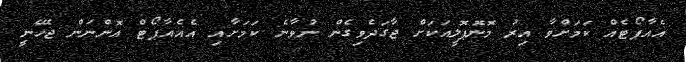
އެއާޕޯޓެއް ކަމަށްވާ އިރު މޮނޮޕޮލީއަކަށް ޖާގަދެވިގެން ނުވާނެ ކަމަށާއި އެއެއާޕޯޓް އޮންނަން ޖެހޭނީ